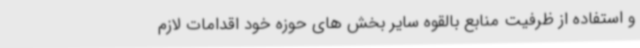
و استفاده از ظرفیت منابع بالقوه سایر بخش های حوزه خود اقدامات لازم